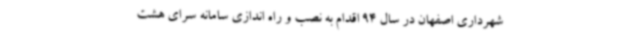
شهرداری اصفهان در سال 94 اقدام به نصب و راه اندازی سامانه سرای هشت